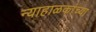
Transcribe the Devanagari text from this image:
न्याहाळकांच्या